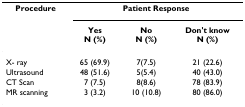
<table><thead><tr><td><b>Procedure</b></td><td colspan="3"><b>Patient Response</b></td></tr><tr><td></td><td><b>YesN (%)</b></td><td><b>NoN (%)</b></td><td><b>Don&#x27;t knowN (%)</b></td></tr></thead><tbody><tr><td>X- ray</td><td>65 (69.9)</td><td>7(7.5)</td><td>21 (22.6)</td></tr><tr><td>Ultrasound</td><td>48 (51.6)</td><td>5(5.4)</td><td>40 (43.0)</td></tr><tr><td>CT Scan</td><td>7 (7.5)</td><td>8(8.6)</td><td>78 (83.9)</td></tr><tr><td>MR scanning</td><td>3 (3.2)</td><td>10 (10.8)</td><td>80 (86.0)</td></tr></tbody></table>